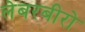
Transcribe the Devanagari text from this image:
लेबरबीरो